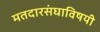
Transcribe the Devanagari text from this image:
मतदारसंघाविषयी